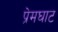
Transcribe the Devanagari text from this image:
प्रेमघाट